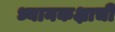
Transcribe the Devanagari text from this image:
ध्यानकक्षाची